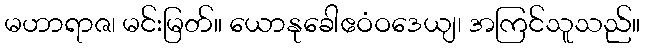
မဟာရာဇ၊ မင်းမြတ်။ ယောနုခေါဧဝံဝဒေယျ၊ အကြင်သူသည်။